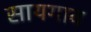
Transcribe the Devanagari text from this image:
सायगाव